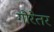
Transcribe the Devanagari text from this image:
गौरेतर